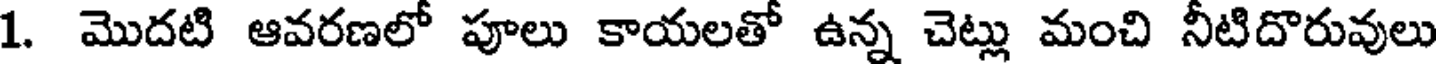
1. మొదటి ఆవరణలో పూలు కాయలతో ఉన్న చెట్లు మంచి నీటిదొరువులు